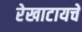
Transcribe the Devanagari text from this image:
रेखाटायचे